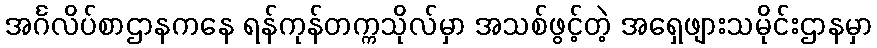
အင်္ဂလိပ်စာဌာနကနေ ရန်ကုန်တက္ကသိုလ်မှာ အသစ်ဖွင့်တဲ့ အရှေဖျားသမိုင်းဌာနမှာ